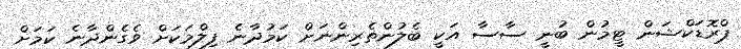
ޕްރޮޑަކްޝަން ޓީމުން ބުނީ ސާސާ އަކީ ބެލުންތެރިންނަށް ކަމުދާނެ ފިލްމަކަށް ވެގެންދާނެ ކަމަށް